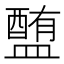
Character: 𥂹